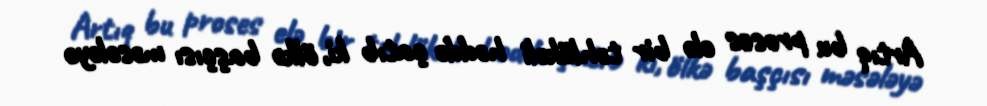
Artıq bu proses elə bir təhlükəli həddə çatıb ki, ölkə başçısı məsələyə